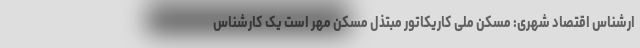
ارشناس اقتصاد شهری: مسکن ملی کاریکاتور مبتذل مسکن مهر است یک کارشناس